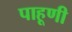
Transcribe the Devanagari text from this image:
पाहूणी